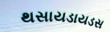
થસાયડાયડસ